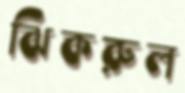
ঝিকরুল